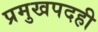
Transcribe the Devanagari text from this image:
प्रमुखपदही